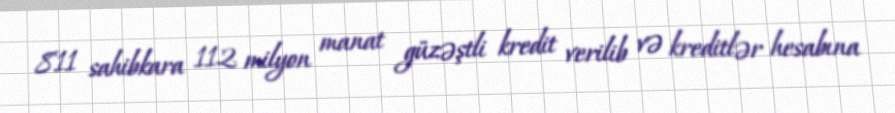
811 sahibkara 112 milyon manat güzəştli kredit verilib və kreditlər hesabına